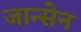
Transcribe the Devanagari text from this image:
जान्सेन